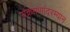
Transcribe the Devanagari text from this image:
संक्रमणांदरम्यान